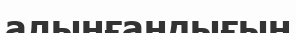
алынғандығын